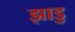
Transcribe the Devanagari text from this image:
झाडु